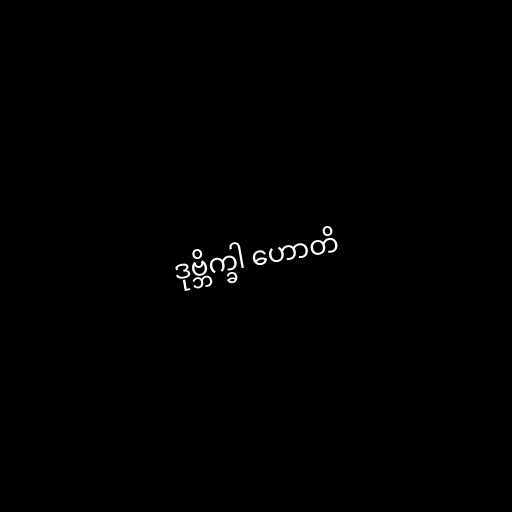
ဒုဗ္ဘိက္ခါ ဟောတိ